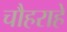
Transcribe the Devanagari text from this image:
चौहराहे